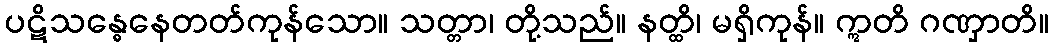
ပဋိသန္ဓေနေတတ်ကုန်သော။ သတ္တာ၊ တို့သည်။ နတ္ထိ၊ မရှိကုန်။ ဣတိ ဂဏှာတိ။